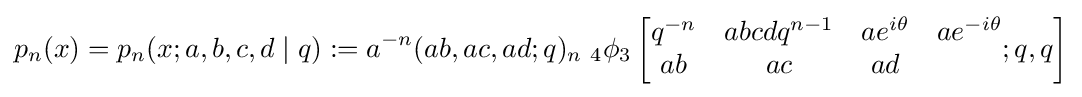
p_{n}(x)=p_{n}(x;a,b,c,d\mid q):=a^{-n}(ab,ac,ad;q)_{n}\;_{4}\phi _{3}\left[{\begin{matrix}q^{-n}&abcdq^{n-1}&ae^{i\theta }&ae^{-i\theta }\\ab&ac&ad\end{matrix}};q,q\right]